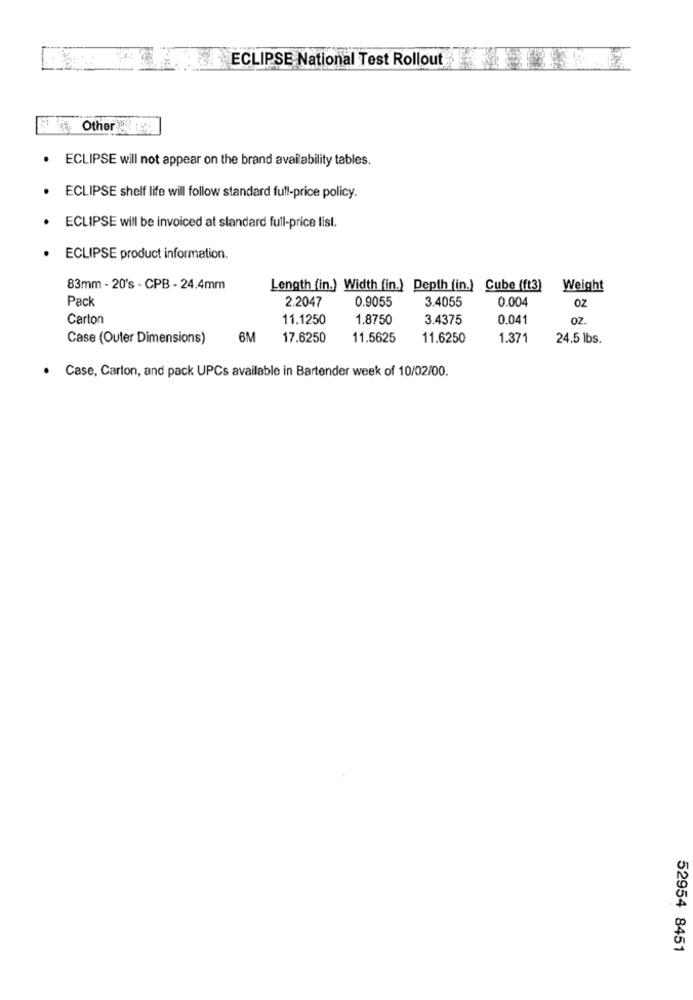
ECLIPSE National Test Rollout
Other
. ECLIPSE will not appear on the brand availability tables.
ECLIPSE shelf life will follow standard full-price policy.
ECLIPSE will be invoiced at standard full-price list.
ECLIPSE product information.
83mm - 20's - CPB - 24.4mm
Length (in.) Width (in.) Depth (in.) Cube (ft3) Weight
Pack
0.9055
3.4055
0.004
2.2047
OZ
Carton
11.1250
1.8750
3.4375
0.041
oz.
Case (Outer Dimensions)
6M
17.6250
11.5625
11.6250
1.371
24.5 lbs.
Case, Carton, and pack UPCs available in Bartender week of 10/02/00.
52954 8451